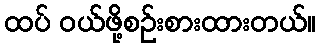
ထပ် ဝယ်ဖို့စဉ်းစားထားတယ်။